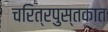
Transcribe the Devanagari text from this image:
चरित्रपुस्तकात